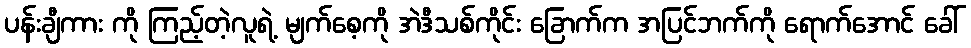
ပန်းချီကား ကို ကြည့်တဲ့လူရဲ့ မျက်စေ့ကို အဲဒီသစ်ကိုင်း ခြောက်က အပြင်ဘက်ကို ရောက်အောင် ခေါ်